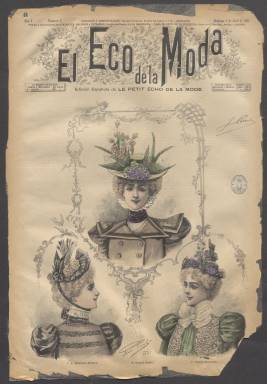
Título: El Eco de la moda
Colección: Revistas femeninas || Moda
Ámbito geográfico: Barcelona
Lugar de publicación: Barcelona
Fechas: 04/04/1897-27/12/1913